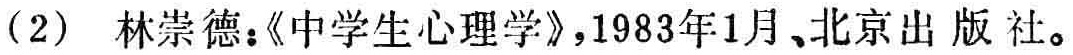
（2）林崇德：《中学生心理学》，1983年1月，北京出版社。